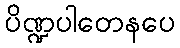
ပိဏ္ဍပါတေနပေ